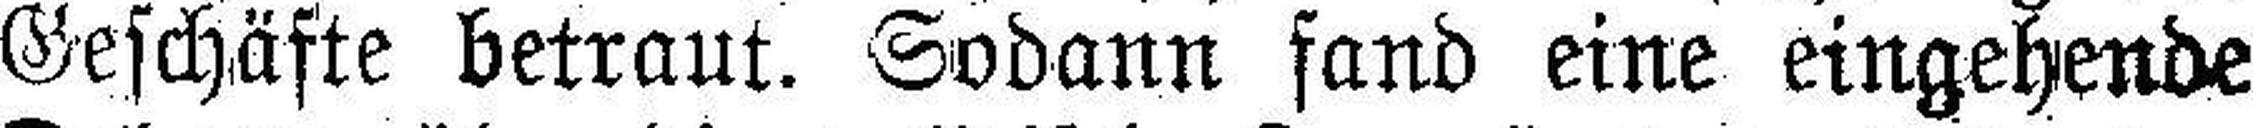
Geschäfte betraut. Sodann fand eine eingehende